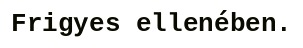
Frigyes ellenében.